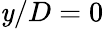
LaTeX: \mathit{y}/D=0